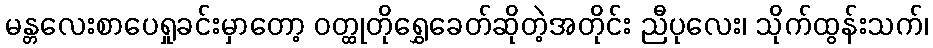
မန္တလေးစာပေရှုခင်းမှာတော့ ဝတ္ထုတိုရွှေခေတ်ဆိုတဲ့အတိုင်း ညီပုလေး၊ သိုက်ထွန်းသက်၊